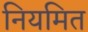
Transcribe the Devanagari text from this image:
नियमित